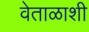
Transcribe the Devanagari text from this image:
वेताळाशी